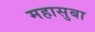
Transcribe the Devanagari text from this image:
महासुबा